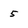
Character: 5